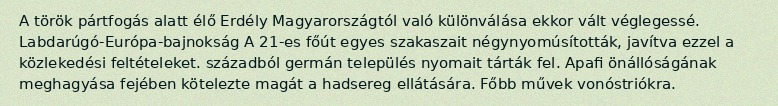
A török pártfogás alatt élő Erdély Magyarországtól való különválása ekkor vált véglegessé. Labdarúgó-Európa-bajnokság A 21-es főút egyes szakaszait négynyomúsították, javítva ezzel a közlekedési feltételeket. századból germán település nyomait tárták fel. Apafi önállóságának meghagyása fejében kötelezte magát a hadsereg ellátására. Főbb művek vonóstriókra.